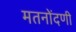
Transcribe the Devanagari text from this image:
मतनोंदणी